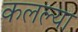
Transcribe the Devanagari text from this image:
कलल्या